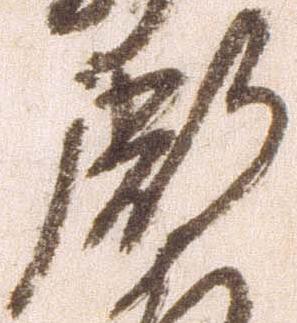
弼